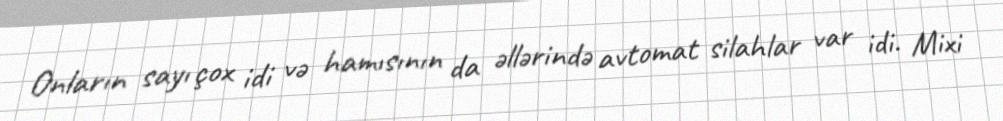
Onların sayı çox idi və hamısının da əllərində avtomat silahlar var idi. Mixi